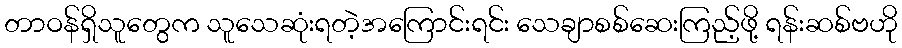
တာဝန်ရှိသူတွေက သူသေဆုံးရတဲ့အကြောင်းရင်း သေချာစစ်ဆေးကြည့်ဖို့ ရန်းဆစ်ဗဟို